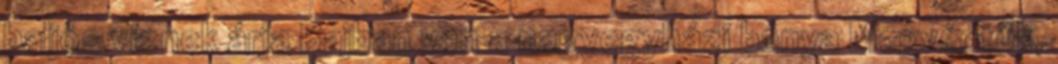
baljós víznek árja Bajban van a nagyegyházi bánya Megvédtük,